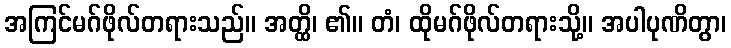
အကြင်မဂ်ဖိုလ်တရားသည်။ အတ္ထိ၊ ၏။ တံ၊ ထိုမဂ်ဖိုလ်တရားသို့။ အပါပုဏိတွာ၊